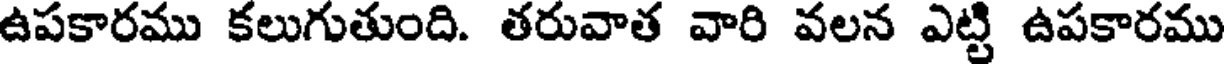
ఉపకారము కలుగుతుంది. తరువాత వారి వలన ఎట్టి ఉపకారము